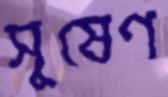
সুষেণ